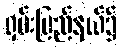
ရှမ်းပြည်နယ်၌